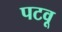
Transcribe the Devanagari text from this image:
पटवू